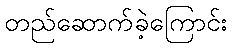
တည်ဆောက်ခဲ့ကြောင်း